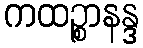
ကထဉ္စာနန္ဒ